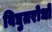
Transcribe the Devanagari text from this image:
विद्युतरोधों